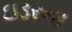
ઇડરના